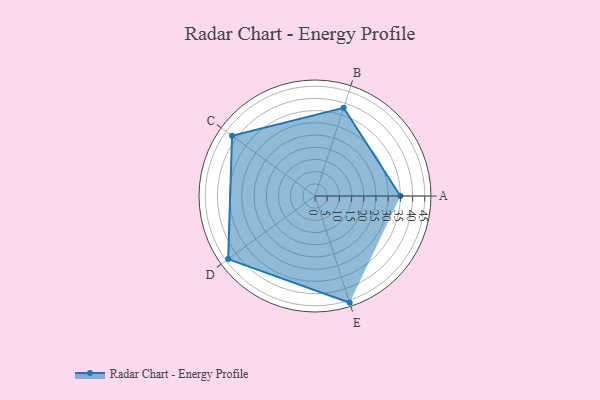
{"axis": {"x": "Skill", "y": "Score"}, "legend": ["Profile"], "data": [{"x": "A", "y": 35.0, "type": "Profile"}, {"x": "B", "y": 38.0, "type": "Profile"}, {"x": "C", "y": 42.0, "type": "Profile"}, {"x": "D", "y": 44.0, "type": "Profile"}, {"x": "E", "y": 46.0, "type": "Profile"}]}